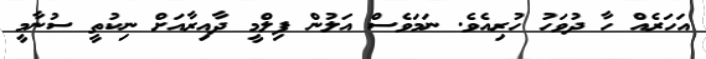
އަހަރެއް ހާ ދުވަހު ހުރިއެވެ. ނަމަވެސް އަލުން ފިލްމީ ދާއިރާއަށް ނިކުތީ ސުނާމީ